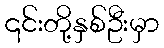
၎င်းတို့နှစ်ဦးမှာ